Punjab Mental Hospital Lahore 1932-46 - 1932-1946
Year: 1932
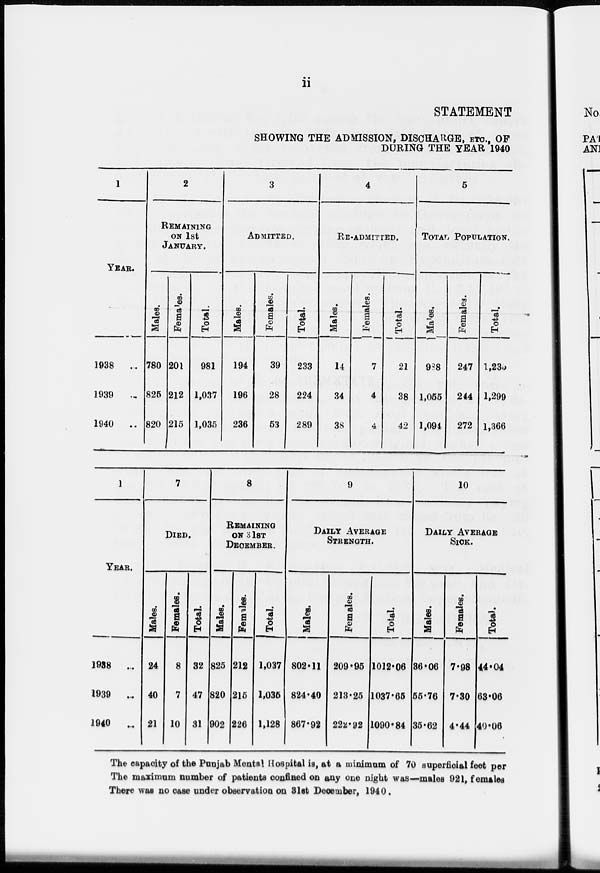
ii
STATEMENT
SHOWING THE ADMISSION, DISCHARGE, ETC., OF
DURING THE YEAR 1940
1
YEAR.
1938
...
1939 ...
1940
..
2
REMAINING
ON 1st
JANUARY.
Males.
780
825
820
Females.
201
212
215
Total.
981
1,037
1,035
3
ADMITTED.
Males.
194
196
236
Females.
39
28
53
Total.
233
224
289
4
RE-ADMITTED.
Males.
14
34
38
Females.
7
4
4
Total.
21
38
42
5
TOTAL POPULATION.
Males.
988
1,055
1,094
Females.
247
244
272
Total.
l,235
1,299
1,366
1
YEAR.
1938
...
1939
...
1940
...
7
DIED.
Males.
24
40
21
Females.
8
7
10
Total.
32
47
31
8
REMAINING
ON 31ST
DECEMBER.
Males.
825
820
902
Females.
212
215
226
Total.
1,037
1,035
1,128
9
DAILY AVERAGE
STRENGTH.
Males.
802.11
824.40
867.92
Females.
209.95
213.25
222.92
Total.
1012.06
1037.65
1090.84
10
DAILY AVERAGE
SICK.
Males.
36.06
55.76
35.62
Females.
7.98
7.30
4.44
Total.
44.04
63.06
40.06
The capacity of the Punjab Mental Hospital is, at a minimum of 70 superficial feet per
The maximum number of patients confined on any one night was—males 921, females
There was no case under observation on 31st December, 1940.